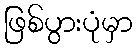
ဖြစ်ပွားပုံမှာ